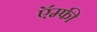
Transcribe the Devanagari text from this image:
ऍम्फी